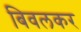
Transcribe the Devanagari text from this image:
बिवलकर